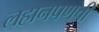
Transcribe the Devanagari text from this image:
लहानपणची